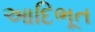
આદિભૂત